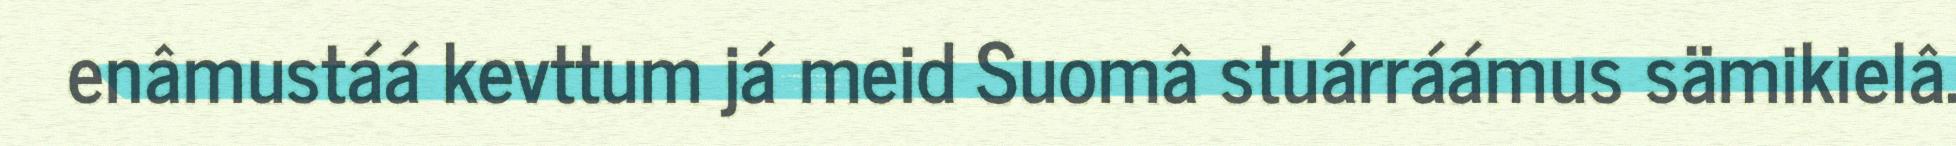
enâmustáá kevttum já meid Suomâ stuárráámus sämikielâ.